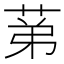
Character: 𦯔